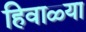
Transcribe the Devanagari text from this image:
हिवाळ्या